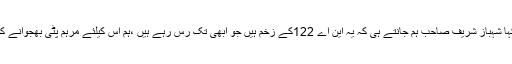
انہوں نے کہا شہباز شریف صاحب ہم جانتے ہی کہ یہ این اے 122کے زخم ہیں جو ابھی تک رس رہے ہیں ،ہم اس کیلئے مرہم پٹی بھجوانے کو تیار ہیں ۔